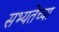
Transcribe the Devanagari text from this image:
सभ्यतेंच्या